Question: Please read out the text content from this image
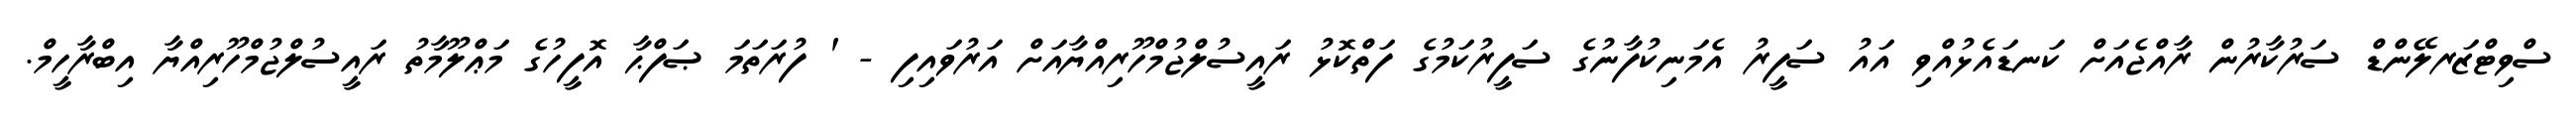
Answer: ސްވިޓްޒަރލޭންޑް ސަރުކާރުން ރާއްޖެއަށް ކަނޑައެޅުއްވި އައު ސަފީރު އެމަނިކުފާނުގެ ސަފީރުކަމުގެ ފަތްކޮޅު ރައީސުލްޖުމްހޫރިއްޔާއަށް އަރުވައިފި - ' ފުރަތަމަ ޞަފްޙާ އޮފީހުގެ މަޢްލޫމާތު ރައީސުލްޖުމްހޫރިއްޔާ އިބްރާހީމް.